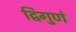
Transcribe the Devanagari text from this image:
द्विगुणं